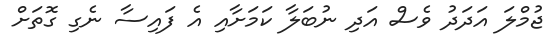
ޖުމްލަ އަދަދު ވެސް އަދި ނުބަލާ ކަމަށާއި އެ ފައިސާ ނެގި ގޮތަށް